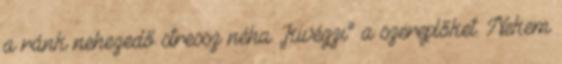
a ránk nehezedő stressz néha „kivégzi” a szereplőket. Nekem